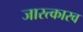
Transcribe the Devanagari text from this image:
जारत्कारव